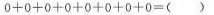
$$0 + 0 + 0 + 0 + 0 + 0 + 0 + 0 = ( )$$